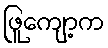
ဖြူကျော့က